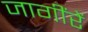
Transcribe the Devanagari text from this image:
जागींरें